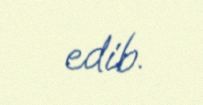
edib.